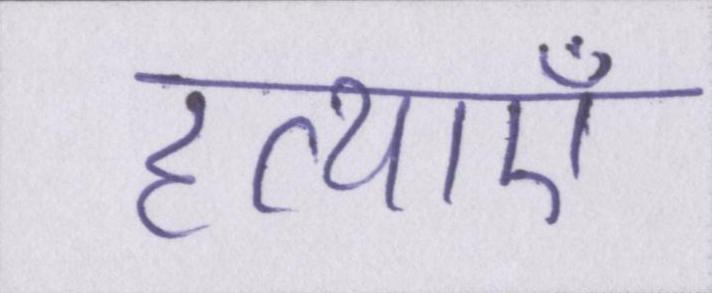
हत्याएं